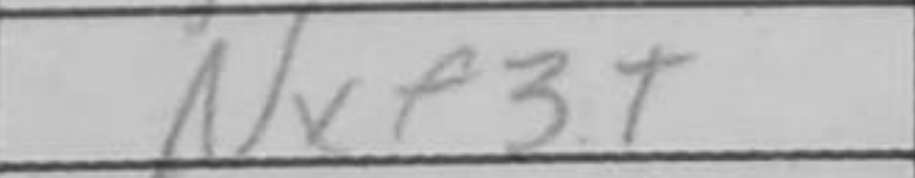
Transcription: Nxf3+